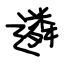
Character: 遴